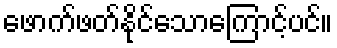
ဖောက်ဖတ်နိုင်သောကြောင့်ပင်။